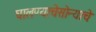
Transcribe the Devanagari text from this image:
घालण्याचेसोन्याचे